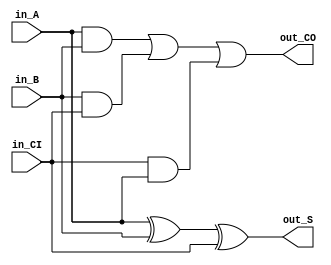
module VFA (in_A, in_B, in_CI, out_S, out_CO);
  input in_A, in_B, in_CI;
  output out_S, out_CO;

  assign out_S = in_A ^ in_B ^ in_CI;
  assign out_CO = (in_A & in_B) | (in_B & in_CI) | (in_CI & in_A);
endmodule



module VRCA_256 (in_A, in_B, in_CI, out_S, out_CO);
  input [255:0] in_A, in_B;
  input in_CI;
  output [255:0] out_S;
  output out_CO;

  VFA U0 (.in_A(in_A[0]), .in_B(in_B[0]), .in_CI(in_CI), .out_S(out_S[0]), .out_CO(nC1));
  VFA U1 (.in_A(in_A[1]), .in_B(in_B[1]), .in_CI(nC1), .out_S(out_S[1]), .out_CO(nC2));
  VFA U2 (.in_A(in_A[2]), .in_B(in_B[2]), .in_CI(nC2), .out_S(out_S[2]), .out_CO(nC3));
  VFA U3 (.in_A(in_A[3]), .in_B(in_B[3]), .in_CI(nC3), .out_S(out_S[3]), .out_CO(nC4));
  VFA U4 (.in_A(in_A[4]), .in_B(in_B[4]), .in_CI(nC4), .out_S(out_S[4]), .out_CO(nC5));
  VFA U5 (.in_A(in_A[5]), .in_B(in_B[5]), .in_CI(nC5), .out_S(out_S[5]), .out_CO(nC6));
  VFA U6 (.in_A(in_A[6]), .in_B(in_B[6]), .in_CI(nC6), .out_S(out_S[6]), .out_CO(nC7));
  VFA U7 (.in_A(in_A[7]), .in_B(in_B[7]), .in_CI(nC7), .out_S(out_S[7]), .out_CO(nC8));
  VFA U8 (.in_A(in_A[8]), .in_B(in_B[8]), .in_CI(nC8), .out_S(out_S[8]), .out_CO(nC9));
  VFA U9 (.in_A(in_A[9]), .in_B(in_B[9]), .in_CI(nC9), .out_S(out_S[9]), .out_CO(nC10));
  VFA U10 (.in_A(in_A[10]), .in_B(in_B[10]), .in_CI(nC10), .out_S(out_S[10]), .out_CO(nC11));
  VFA U11 (.in_A(in_A[11]), .in_B(in_B[11]), .in_CI(nC11), .out_S(out_S[11]), .out_CO(nC12));
  VFA U12 (.in_A(in_A[12]), .in_B(in_B[12]), .in_CI(nC12), .out_S(out_S[12]), .out_CO(nC13));
  VFA U13 (.in_A(in_A[13]), .in_B(in_B[13]), .in_CI(nC13), .out_S(out_S[13]), .out_CO(nC14));
  VFA U14 (.in_A(in_A[14]), .in_B(in_B[14]), .in_CI(nC14), .out_S(out_S[14]), .out_CO(nC15));
  VFA U15 (.in_A(in_A[15]), .in_B(in_B[15]), .in_CI(nC15), .out_S(out_S[15]), .out_CO(nC16));
  VFA U16 (.in_A(in_A[16]), .in_B(in_B[16]), .in_CI(nC16), .out_S(out_S[16]), .out_CO(nC17));
  VFA U17 (.in_A(in_A[17]), .in_B(in_B[17]), .in_CI(nC17), .out_S(out_S[17]), .out_CO(nC18));
  VFA U18 (.in_A(in_A[18]), .in_B(in_B[18]), .in_CI(nC18), .out_S(out_S[18]), .out_CO(nC19));
  VFA U19 (.in_A(in_A[19]), .in_B(in_B[19]), .in_CI(nC19), .out_S(out_S[19]), .out_CO(nC20));
  VFA U20 (.in_A(in_A[20]), .in_B(in_B[20]), .in_CI(nC20), .out_S(out_S[20]), .out_CO(nC21));
  VFA U21 (.in_A(in_A[21]), .in_B(in_B[21]), .in_CI(nC21), .out_S(out_S[21]), .out_CO(nC22));
  VFA U22 (.in_A(in_A[22]), .in_B(in_B[22]), .in_CI(nC22), .out_S(out_S[22]), .out_CO(nC23));
  VFA U23 (.in_A(in_A[23]), .in_B(in_B[23]), .in_CI(nC23), .out_S(out_S[23]), .out_CO(nC24));
  VFA U24 (.in_A(in_A[24]), .in_B(in_B[24]), .in_CI(nC24), .out_S(out_S[24]), .out_CO(nC25));
  VFA U25 (.in_A(in_A[25]), .in_B(in_B[25]), .in_CI(nC25), .out_S(out_S[25]), .out_CO(nC26));
  VFA U26 (.in_A(in_A[26]), .in_B(in_B[26]), .in_CI(nC26), .out_S(out_S[26]), .out_CO(nC27));
  VFA U27 (.in_A(in_A[27]), .in_B(in_B[27]), .in_CI(nC27), .out_S(out_S[27]), .out_CO(nC28));
  VFA U28 (.in_A(in_A[28]), .in_B(in_B[28]), .in_CI(nC28), .out_S(out_S[28]), .out_CO(nC29));
  VFA U29 (.in_A(in_A[29]), .in_B(in_B[29]), .in_CI(nC29), .out_S(out_S[29]), .out_CO(nC30));
  VFA U30 (.in_A(in_A[30]), .in_B(in_B[30]), .in_CI(nC30), .out_S(out_S[30]), .out_CO(nC31));
  VFA U31 (.in_A(in_A[31]), .in_B(in_B[31]), .in_CI(nC31), .out_S(out_S[31]), .out_CO(nC32));
  VFA U32 (.in_A(in_A[32]), .in_B(in_B[32]), .in_CI(nC32), .out_S(out_S[32]), .out_CO(nC33));
  VFA U33 (.in_A(in_A[33]), .in_B(in_B[33]), .in_CI(nC33), .out_S(out_S[33]), .out_CO(nC34));
  VFA U34 (.in_A(in_A[34]), .in_B(in_B[34]), .in_CI(nC34), .out_S(out_S[34]), .out_CO(nC35));
  VFA U35 (.in_A(in_A[35]), .in_B(in_B[35]), .in_CI(nC35), .out_S(out_S[35]), .out_CO(nC36));
  VFA U36 (.in_A(in_A[36]), .in_B(in_B[36]), .in_CI(nC36), .out_S(out_S[36]), .out_CO(nC37));
  VFA U37 (.in_A(in_A[37]), .in_B(in_B[37]), .in_CI(nC37), .out_S(out_S[37]), .out_CO(nC38));
  VFA U38 (.in_A(in_A[38]), .in_B(in_B[38]), .in_CI(nC38), .out_S(out_S[38]), .out_CO(nC39));
  VFA U39 (.in_A(in_A[39]), .in_B(in_B[39]), .in_CI(nC39), .out_S(out_S[39]), .out_CO(nC40));
  VFA U40 (.in_A(in_A[40]), .in_B(in_B[40]), .in_CI(nC40), .out_S(out_S[40]), .out_CO(nC41));
  VFA U41 (.in_A(in_A[41]), .in_B(in_B[41]), .in_CI(nC41), .out_S(out_S[41]), .out_CO(nC42));
  VFA U42 (.in_A(in_A[42]), .in_B(in_B[42]), .in_CI(nC42), .out_S(out_S[42]), .out_CO(nC43));
  VFA U43 (.in_A(in_A[43]), .in_B(in_B[43]), .in_CI(nC43), .out_S(out_S[43]), .out_CO(nC44));
  VFA U44 (.in_A(in_A[44]), .in_B(in_B[44]), .in_CI(nC44), .out_S(out_S[44]), .out_CO(nC45));
  VFA U45 (.in_A(in_A[45]), .in_B(in_B[45]), .in_CI(nC45), .out_S(out_S[45]), .out_CO(nC46));
  VFA U46 (.in_A(in_A[46]), .in_B(in_B[46]), .in_CI(nC46), .out_S(out_S[46]), .out_CO(nC47));
  VFA U47 (.in_A(in_A[47]), .in_B(in_B[47]), .in_CI(nC47), .out_S(out_S[47]), .out_CO(nC48));
  VFA U48 (.in_A(in_A[48]), .in_B(in_B[48]), .in_CI(nC48), .out_S(out_S[48]), .out_CO(nC49));
  VFA U49 (.in_A(in_A[49]), .in_B(in_B[49]), .in_CI(nC49), .out_S(out_S[49]), .out_CO(nC50));
  VFA U50 (.in_A(in_A[50]), .in_B(in_B[50]), .in_CI(nC50), .out_S(out_S[50]), .out_CO(nC51));
  VFA U51 (.in_A(in_A[51]), .in_B(in_B[51]), .in_CI(nC51), .out_S(out_S[51]), .out_CO(nC52));
  VFA U52 (.in_A(in_A[52]), .in_B(in_B[52]), .in_CI(nC52), .out_S(out_S[52]), .out_CO(nC53));
  VFA U53 (.in_A(in_A[53]), .in_B(in_B[53]), .in_CI(nC53), .out_S(out_S[53]), .out_CO(nC54));
  VFA U54 (.in_A(in_A[54]), .in_B(in_B[54]), .in_CI(nC54), .out_S(out_S[54]), .out_CO(nC55));
  VFA U55 (.in_A(in_A[55]), .in_B(in_B[55]), .in_CI(nC55), .out_S(out_S[55]), .out_CO(nC56));
  VFA U56 (.in_A(in_A[56]), .in_B(in_B[56]), .in_CI(nC56), .out_S(out_S[56]), .out_CO(nC57));
  VFA U57 (.in_A(in_A[57]), .in_B(in_B[57]), .in_CI(nC57), .out_S(out_S[57]), .out_CO(nC58));
  VFA U58 (.in_A(in_A[58]), .in_B(in_B[58]), .in_CI(nC58), .out_S(out_S[58]), .out_CO(nC59));
  VFA U59 (.in_A(in_A[59]), .in_B(in_B[59]), .in_CI(nC59), .out_S(out_S[59]), .out_CO(nC60));
  VFA U60 (.in_A(in_A[60]), .in_B(in_B[60]), .in_CI(nC60), .out_S(out_S[60]), .out_CO(nC61));
  VFA U61 (.in_A(in_A[61]), .in_B(in_B[61]), .in_CI(nC61), .out_S(out_S[61]), .out_CO(nC62));
  VFA U62 (.in_A(in_A[62]), .in_B(in_B[62]), .in_CI(nC62), .out_S(out_S[62]), .out_CO(nC63));
  VFA U63 (.in_A(in_A[63]), .in_B(in_B[63]), .in_CI(nC63), .out_S(out_S[63]), .out_CO(nC64));
  VFA U64 (.in_A(in_A[64]), .in_B(in_B[64]), .in_CI(nC64), .out_S(out_S[64]), .out_CO(nC65));
  VFA U65 (.in_A(in_A[65]), .in_B(in_B[65]), .in_CI(nC65), .out_S(out_S[65]), .out_CO(nC66));
  VFA U66 (.in_A(in_A[66]), .in_B(in_B[66]), .in_CI(nC66), .out_S(out_S[66]), .out_CO(nC67));
  VFA U67 (.in_A(in_A[67]), .in_B(in_B[67]), .in_CI(nC67), .out_S(out_S[67]), .out_CO(nC68));
  VFA U68 (.in_A(in_A[68]), .in_B(in_B[68]), .in_CI(nC68), .out_S(out_S[68]), .out_CO(nC69));
  VFA U69 (.in_A(in_A[69]), .in_B(in_B[69]), .in_CI(nC69), .out_S(out_S[69]), .out_CO(nC70));
  VFA U70 (.in_A(in_A[70]), .in_B(in_B[70]), .in_CI(nC70), .out_S(out_S[70]), .out_CO(nC71));
  VFA U71 (.in_A(in_A[71]), .in_B(in_B[71]), .in_CI(nC71), .out_S(out_S[71]), .out_CO(nC72));
  VFA U72 (.in_A(in_A[72]), .in_B(in_B[72]), .in_CI(nC72), .out_S(out_S[72]), .out_CO(nC73));
  VFA U73 (.in_A(in_A[73]), .in_B(in_B[73]), .in_CI(nC73), .out_S(out_S[73]), .out_CO(nC74));
  VFA U74 (.in_A(in_A[74]), .in_B(in_B[74]), .in_CI(nC74), .out_S(out_S[74]), .out_CO(nC75));
  VFA U75 (.in_A(in_A[75]), .in_B(in_B[75]), .in_CI(nC75), .out_S(out_S[75]), .out_CO(nC76));
  VFA U76 (.in_A(in_A[76]), .in_B(in_B[76]), .in_CI(nC76), .out_S(out_S[76]), .out_CO(nC77));
  VFA U77 (.in_A(in_A[77]), .in_B(in_B[77]), .in_CI(nC77), .out_S(out_S[77]), .out_CO(nC78));
  VFA U78 (.in_A(in_A[78]), .in_B(in_B[78]), .in_CI(nC78), .out_S(out_S[78]), .out_CO(nC79));
  VFA U79 (.in_A(in_A[79]), .in_B(in_B[79]), .in_CI(nC79), .out_S(out_S[79]), .out_CO(nC80));
  VFA U80 (.in_A(in_A[80]), .in_B(in_B[80]), .in_CI(nC80), .out_S(out_S[80]), .out_CO(nC81));
  VFA U81 (.in_A(in_A[81]), .in_B(in_B[81]), .in_CI(nC81), .out_S(out_S[81]), .out_CO(nC82));
  VFA U82 (.in_A(in_A[82]), .in_B(in_B[82]), .in_CI(nC82), .out_S(out_S[82]), .out_CO(nC83));
  VFA U83 (.in_A(in_A[83]), .in_B(in_B[83]), .in_CI(nC83), .out_S(out_S[83]), .out_CO(nC84));
  VFA U84 (.in_A(in_A[84]), .in_B(in_B[84]), .in_CI(nC84), .out_S(out_S[84]), .out_CO(nC85));
  VFA U85 (.in_A(in_A[85]), .in_B(in_B[85]), .in_CI(nC85), .out_S(out_S[85]), .out_CO(nC86));
  VFA U86 (.in_A(in_A[86]), .in_B(in_B[86]), .in_CI(nC86), .out_S(out_S[86]), .out_CO(nC87));
  VFA U87 (.in_A(in_A[87]), .in_B(in_B[87]), .in_CI(nC87), .out_S(out_S[87]), .out_CO(nC88));
  VFA U88 (.in_A(in_A[88]), .in_B(in_B[88]), .in_CI(nC88), .out_S(out_S[88]), .out_CO(nC89));
  VFA U89 (.in_A(in_A[89]), .in_B(in_B[89]), .in_CI(nC89), .out_S(out_S[89]), .out_CO(nC90));
  VFA U90 (.in_A(in_A[90]), .in_B(in_B[90]), .in_CI(nC90), .out_S(out_S[90]), .out_CO(nC91));
  VFA U91 (.in_A(in_A[91]), .in_B(in_B[91]), .in_CI(nC91), .out_S(out_S[91]), .out_CO(nC92));
  VFA U92 (.in_A(in_A[92]), .in_B(in_B[92]), .in_CI(nC92), .out_S(out_S[92]), .out_CO(nC93));
  VFA U93 (.in_A(in_A[93]), .in_B(in_B[93]), .in_CI(nC93), .out_S(out_S[93]), .out_CO(nC94));
  VFA U94 (.in_A(in_A[94]), .in_B(in_B[94]), .in_CI(nC94), .out_S(out_S[94]), .out_CO(nC95));
  VFA U95 (.in_A(in_A[95]), .in_B(in_B[95]), .in_CI(nC95), .out_S(out_S[95]), .out_CO(nC96));
  VFA U96 (.in_A(in_A[96]), .in_B(in_B[96]), .in_CI(nC96), .out_S(out_S[96]), .out_CO(nC97));
  VFA U97 (.in_A(in_A[97]), .in_B(in_B[97]), .in_CI(nC97), .out_S(out_S[97]), .out_CO(nC98));
  VFA U98 (.in_A(in_A[98]), .in_B(in_B[98]), .in_CI(nC98), .out_S(out_S[98]), .out_CO(nC99));
  VFA U99 (.in_A(in_A[99]), .in_B(in_B[99]), .in_CI(nC99), .out_S(out_S[99]), .out_CO(nC100));
  VFA U100 (.in_A(in_A[100]), .in_B(in_B[100]), .in_CI(nC100), .out_S(out_S[100]), .out_CO(nC101));
  VFA U101 (.in_A(in_A[101]), .in_B(in_B[101]), .in_CI(nC101), .out_S(out_S[101]), .out_CO(nC102));
  VFA U102 (.in_A(in_A[102]), .in_B(in_B[102]), .in_CI(nC102), .out_S(out_S[102]), .out_CO(nC103));
  VFA U103 (.in_A(in_A[103]), .in_B(in_B[103]), .in_CI(nC103), .out_S(out_S[103]), .out_CO(nC104));
  VFA U104 (.in_A(in_A[104]), .in_B(in_B[104]), .in_CI(nC104), .out_S(out_S[104]), .out_CO(nC105));
  VFA U105 (.in_A(in_A[105]), .in_B(in_B[105]), .in_CI(nC105), .out_S(out_S[105]), .out_CO(nC106));
  VFA U106 (.in_A(in_A[106]), .in_B(in_B[106]), .in_CI(nC106), .out_S(out_S[106]), .out_CO(nC107));
  VFA U107 (.in_A(in_A[107]), .in_B(in_B[107]), .in_CI(nC107), .out_S(out_S[107]), .out_CO(nC108));
  VFA U108 (.in_A(in_A[108]), .in_B(in_B[108]), .in_CI(nC108), .out_S(out_S[108]), .out_CO(nC109));
  VFA U109 (.in_A(in_A[109]), .in_B(in_B[109]), .in_CI(nC109), .out_S(out_S[109]), .out_CO(nC110));
  VFA U110 (.in_A(in_A[110]), .in_B(in_B[110]), .in_CI(nC110), .out_S(out_S[110]), .out_CO(nC111));
  VFA U111 (.in_A(in_A[111]), .in_B(in_B[111]), .in_CI(nC111), .out_S(out_S[111]), .out_CO(nC112));
  VFA U112 (.in_A(in_A[112]), .in_B(in_B[112]), .in_CI(nC112), .out_S(out_S[112]), .out_CO(nC113));
  VFA U113 (.in_A(in_A[113]), .in_B(in_B[113]), .in_CI(nC113), .out_S(out_S[113]), .out_CO(nC114));
  VFA U114 (.in_A(in_A[114]), .in_B(in_B[114]), .in_CI(nC114), .out_S(out_S[114]), .out_CO(nC115));
  VFA U115 (.in_A(in_A[115]), .in_B(in_B[115]), .in_CI(nC115), .out_S(out_S[115]), .out_CO(nC116));
  VFA U116 (.in_A(in_A[116]), .in_B(in_B[116]), .in_CI(nC116), .out_S(out_S[116]), .out_CO(nC117));
  VFA U117 (.in_A(in_A[117]), .in_B(in_B[117]), .in_CI(nC117), .out_S(out_S[117]), .out_CO(nC118));
  VFA U118 (.in_A(in_A[118]), .in_B(in_B[118]), .in_CI(nC118), .out_S(out_S[118]), .out_CO(nC119));
  VFA U119 (.in_A(in_A[119]), .in_B(in_B[119]), .in_CI(nC119), .out_S(out_S[119]), .out_CO(nC120));
  VFA U120 (.in_A(in_A[120]), .in_B(in_B[120]), .in_CI(nC120), .out_S(out_S[120]), .out_CO(nC121));
  VFA U121 (.in_A(in_A[121]), .in_B(in_B[121]), .in_CI(nC121), .out_S(out_S[121]), .out_CO(nC122));
  VFA U122 (.in_A(in_A[122]), .in_B(in_B[122]), .in_CI(nC122), .out_S(out_S[122]), .out_CO(nC123));
  VFA U123 (.in_A(in_A[123]), .in_B(in_B[123]), .in_CI(nC123), .out_S(out_S[123]), .out_CO(nC124));
  VFA U124 (.in_A(in_A[124]), .in_B(in_B[124]), .in_CI(nC124), .out_S(out_S[124]), .out_CO(nC125));
  VFA U125 (.in_A(in_A[125]), .in_B(in_B[125]), .in_CI(nC125), .out_S(out_S[125]), .out_CO(nC126));
  VFA U126 (.in_A(in_A[126]), .in_B(in_B[126]), .in_CI(nC126), .out_S(out_S[126]), .out_CO(nC127));
  VFA U127 (.in_A(in_A[127]), .in_B(in_B[127]), .in_CI(nC127), .out_S(out_S[127]), .out_CO(nC128));
  VFA U128 (.in_A(in_A[128]), .in_B(in_B[128]), .in_CI(nC128), .out_S(out_S[128]), .out_CO(nC129));
  VFA U129 (.in_A(in_A[129]), .in_B(in_B[129]), .in_CI(nC129), .out_S(out_S[129]), .out_CO(nC130));
  VFA U130 (.in_A(in_A[130]), .in_B(in_B[130]), .in_CI(nC130), .out_S(out_S[130]), .out_CO(nC131));
  VFA U131 (.in_A(in_A[131]), .in_B(in_B[131]), .in_CI(nC131), .out_S(out_S[131]), .out_CO(nC132));
  VFA U132 (.in_A(in_A[132]), .in_B(in_B[132]), .in_CI(nC132), .out_S(out_S[132]), .out_CO(nC133));
  VFA U133 (.in_A(in_A[133]), .in_B(in_B[133]), .in_CI(nC133), .out_S(out_S[133]), .out_CO(nC134));
  VFA U134 (.in_A(in_A[134]), .in_B(in_B[134]), .in_CI(nC134), .out_S(out_S[134]), .out_CO(nC135));
  VFA U135 (.in_A(in_A[135]), .in_B(in_B[135]), .in_CI(nC135), .out_S(out_S[135]), .out_CO(nC136));
  VFA U136 (.in_A(in_A[136]), .in_B(in_B[136]), .in_CI(nC136), .out_S(out_S[136]), .out_CO(nC137));
  VFA U137 (.in_A(in_A[137]), .in_B(in_B[137]), .in_CI(nC137), .out_S(out_S[137]), .out_CO(nC138));
  VFA U138 (.in_A(in_A[138]), .in_B(in_B[138]), .in_CI(nC138), .out_S(out_S[138]), .out_CO(nC139));
  VFA U139 (.in_A(in_A[139]), .in_B(in_B[139]), .in_CI(nC139), .out_S(out_S[139]), .out_CO(nC140));
  VFA U140 (.in_A(in_A[140]), .in_B(in_B[140]), .in_CI(nC140), .out_S(out_S[140]), .out_CO(nC141));
  VFA U141 (.in_A(in_A[141]), .in_B(in_B[141]), .in_CI(nC141), .out_S(out_S[141]), .out_CO(nC142));
  VFA U142 (.in_A(in_A[142]), .in_B(in_B[142]), .in_CI(nC142), .out_S(out_S[142]), .out_CO(nC143));
  VFA U143 (.in_A(in_A[143]), .in_B(in_B[143]), .in_CI(nC143), .out_S(out_S[143]), .out_CO(nC144));
  VFA U144 (.in_A(in_A[144]), .in_B(in_B[144]), .in_CI(nC144), .out_S(out_S[144]), .out_CO(nC145));
  VFA U145 (.in_A(in_A[145]), .in_B(in_B[145]), .in_CI(nC145), .out_S(out_S[145]), .out_CO(nC146));
  VFA U146 (.in_A(in_A[146]), .in_B(in_B[146]), .in_CI(nC146), .out_S(out_S[146]), .out_CO(nC147));
  VFA U147 (.in_A(in_A[147]), .in_B(in_B[147]), .in_CI(nC147), .out_S(out_S[147]), .out_CO(nC148));
  VFA U148 (.in_A(in_A[148]), .in_B(in_B[148]), .in_CI(nC148), .out_S(out_S[148]), .out_CO(nC149));
  VFA U149 (.in_A(in_A[149]), .in_B(in_B[149]), .in_CI(nC149), .out_S(out_S[149]), .out_CO(nC150));
  VFA U150 (.in_A(in_A[150]), .in_B(in_B[150]), .in_CI(nC150), .out_S(out_S[150]), .out_CO(nC151));
  VFA U151 (.in_A(in_A[151]), .in_B(in_B[151]), .in_CI(nC151), .out_S(out_S[151]), .out_CO(nC152));
  VFA U152 (.in_A(in_A[152]), .in_B(in_B[152]), .in_CI(nC152), .out_S(out_S[152]), .out_CO(nC153));
  VFA U153 (.in_A(in_A[153]), .in_B(in_B[153]), .in_CI(nC153), .out_S(out_S[153]), .out_CO(nC154));
  VFA U154 (.in_A(in_A[154]), .in_B(in_B[154]), .in_CI(nC154), .out_S(out_S[154]), .out_CO(nC155));
  VFA U155 (.in_A(in_A[155]), .in_B(in_B[155]), .in_CI(nC155), .out_S(out_S[155]), .out_CO(nC156));
  VFA U156 (.in_A(in_A[156]), .in_B(in_B[156]), .in_CI(nC156), .out_S(out_S[156]), .out_CO(nC157));
  VFA U157 (.in_A(in_A[157]), .in_B(in_B[157]), .in_CI(nC157), .out_S(out_S[157]), .out_CO(nC158));
  VFA U158 (.in_A(in_A[158]), .in_B(in_B[158]), .in_CI(nC158), .out_S(out_S[158]), .out_CO(nC159));
  VFA U159 (.in_A(in_A[159]), .in_B(in_B[159]), .in_CI(nC159), .out_S(out_S[159]), .out_CO(nC160));
  VFA U160 (.in_A(in_A[160]), .in_B(in_B[160]), .in_CI(nC160), .out_S(out_S[160]), .out_CO(nC161));
  VFA U161 (.in_A(in_A[161]), .in_B(in_B[161]), .in_CI(nC161), .out_S(out_S[161]), .out_CO(nC162));
  VFA U162 (.in_A(in_A[162]), .in_B(in_B[162]), .in_CI(nC162), .out_S(out_S[162]), .out_CO(nC163));
  VFA U163 (.in_A(in_A[163]), .in_B(in_B[163]), .in_CI(nC163), .out_S(out_S[163]), .out_CO(nC164));
  VFA U164 (.in_A(in_A[164]), .in_B(in_B[164]), .in_CI(nC164), .out_S(out_S[164]), .out_CO(nC165));
  VFA U165 (.in_A(in_A[165]), .in_B(in_B[165]), .in_CI(nC165), .out_S(out_S[165]), .out_CO(nC166));
  VFA U166 (.in_A(in_A[166]), .in_B(in_B[166]), .in_CI(nC166), .out_S(out_S[166]), .out_CO(nC167));
  VFA U167 (.in_A(in_A[167]), .in_B(in_B[167]), .in_CI(nC167), .out_S(out_S[167]), .out_CO(nC168));
  VFA U168 (.in_A(in_A[168]), .in_B(in_B[168]), .in_CI(nC168), .out_S(out_S[168]), .out_CO(nC169));
  VFA U169 (.in_A(in_A[169]), .in_B(in_B[169]), .in_CI(nC169), .out_S(out_S[169]), .out_CO(nC170));
  VFA U170 (.in_A(in_A[170]), .in_B(in_B[170]), .in_CI(nC170), .out_S(out_S[170]), .out_CO(nC171));
  VFA U171 (.in_A(in_A[171]), .in_B(in_B[171]), .in_CI(nC171), .out_S(out_S[171]), .out_CO(nC172));
  VFA U172 (.in_A(in_A[172]), .in_B(in_B[172]), .in_CI(nC172), .out_S(out_S[172]), .out_CO(nC173));
  VFA U173 (.in_A(in_A[173]), .in_B(in_B[173]), .in_CI(nC173), .out_S(out_S[173]), .out_CO(nC174));
  VFA U174 (.in_A(in_A[174]), .in_B(in_B[174]), .in_CI(nC174), .out_S(out_S[174]), .out_CO(nC175));
  VFA U175 (.in_A(in_A[175]), .in_B(in_B[175]), .in_CI(nC175), .out_S(out_S[175]), .out_CO(nC176));
  VFA U176 (.in_A(in_A[176]), .in_B(in_B[176]), .in_CI(nC176), .out_S(out_S[176]), .out_CO(nC177));
  VFA U177 (.in_A(in_A[177]), .in_B(in_B[177]), .in_CI(nC177), .out_S(out_S[177]), .out_CO(nC178));
  VFA U178 (.in_A(in_A[178]), .in_B(in_B[178]), .in_CI(nC178), .out_S(out_S[178]), .out_CO(nC179));
  VFA U179 (.in_A(in_A[179]), .in_B(in_B[179]), .in_CI(nC179), .out_S(out_S[179]), .out_CO(nC180));
  VFA U180 (.in_A(in_A[180]), .in_B(in_B[180]), .in_CI(nC180), .out_S(out_S[180]), .out_CO(nC181));
  VFA U181 (.in_A(in_A[181]), .in_B(in_B[181]), .in_CI(nC181), .out_S(out_S[181]), .out_CO(nC182));
  VFA U182 (.in_A(in_A[182]), .in_B(in_B[182]), .in_CI(nC182), .out_S(out_S[182]), .out_CO(nC183));
  VFA U183 (.in_A(in_A[183]), .in_B(in_B[183]), .in_CI(nC183), .out_S(out_S[183]), .out_CO(nC184));
  VFA U184 (.in_A(in_A[184]), .in_B(in_B[184]), .in_CI(nC184), .out_S(out_S[184]), .out_CO(nC185));
  VFA U185 (.in_A(in_A[185]), .in_B(in_B[185]), .in_CI(nC185), .out_S(out_S[185]), .out_CO(nC186));
  VFA U186 (.in_A(in_A[186]), .in_B(in_B[186]), .in_CI(nC186), .out_S(out_S[186]), .out_CO(nC187));
  VFA U187 (.in_A(in_A[187]), .in_B(in_B[187]), .in_CI(nC187), .out_S(out_S[187]), .out_CO(nC188));
  VFA U188 (.in_A(in_A[188]), .in_B(in_B[188]), .in_CI(nC188), .out_S(out_S[188]), .out_CO(nC189));
  VFA U189 (.in_A(in_A[189]), .in_B(in_B[189]), .in_CI(nC189), .out_S(out_S[189]), .out_CO(nC190));
  VFA U190 (.in_A(in_A[190]), .in_B(in_B[190]), .in_CI(nC190), .out_S(out_S[190]), .out_CO(nC191));
  VFA U191 (.in_A(in_A[191]), .in_B(in_B[191]), .in_CI(nC191), .out_S(out_S[191]), .out_CO(nC192));
  VFA U192 (.in_A(in_A[192]), .in_B(in_B[192]), .in_CI(nC192), .out_S(out_S[192]), .out_CO(nC193));
  VFA U193 (.in_A(in_A[193]), .in_B(in_B[193]), .in_CI(nC193), .out_S(out_S[193]), .out_CO(nC194));
  VFA U194 (.in_A(in_A[194]), .in_B(in_B[194]), .in_CI(nC194), .out_S(out_S[194]), .out_CO(nC195));
  VFA U195 (.in_A(in_A[195]), .in_B(in_B[195]), .in_CI(nC195), .out_S(out_S[195]), .out_CO(nC196));
  VFA U196 (.in_A(in_A[196]), .in_B(in_B[196]), .in_CI(nC196), .out_S(out_S[196]), .out_CO(nC197));
  VFA U197 (.in_A(in_A[197]), .in_B(in_B[197]), .in_CI(nC197), .out_S(out_S[197]), .out_CO(nC198));
  VFA U198 (.in_A(in_A[198]), .in_B(in_B[198]), .in_CI(nC198), .out_S(out_S[198]), .out_CO(nC199));
  VFA U199 (.in_A(in_A[199]), .in_B(in_B[199]), .in_CI(nC199), .out_S(out_S[199]), .out_CO(nC200));
  VFA U200 (.in_A(in_A[200]), .in_B(in_B[200]), .in_CI(nC200), .out_S(out_S[200]), .out_CO(nC201));
  VFA U201 (.in_A(in_A[201]), .in_B(in_B[201]), .in_CI(nC201), .out_S(out_S[201]), .out_CO(nC202));
  VFA U202 (.in_A(in_A[202]), .in_B(in_B[202]), .in_CI(nC202), .out_S(out_S[202]), .out_CO(nC203));
  VFA U203 (.in_A(in_A[203]), .in_B(in_B[203]), .in_CI(nC203), .out_S(out_S[203]), .out_CO(nC204));
  VFA U204 (.in_A(in_A[204]), .in_B(in_B[204]), .in_CI(nC204), .out_S(out_S[204]), .out_CO(nC205));
  VFA U205 (.in_A(in_A[205]), .in_B(in_B[205]), .in_CI(nC205), .out_S(out_S[205]), .out_CO(nC206));
  VFA U206 (.in_A(in_A[206]), .in_B(in_B[206]), .in_CI(nC206), .out_S(out_S[206]), .out_CO(nC207));
  VFA U207 (.in_A(in_A[207]), .in_B(in_B[207]), .in_CI(nC207), .out_S(out_S[207]), .out_CO(nC208));
  VFA U208 (.in_A(in_A[208]), .in_B(in_B[208]), .in_CI(nC208), .out_S(out_S[208]), .out_CO(nC209));
  VFA U209 (.in_A(in_A[209]), .in_B(in_B[209]), .in_CI(nC209), .out_S(out_S[209]), .out_CO(nC210));
  VFA U210 (.in_A(in_A[210]), .in_B(in_B[210]), .in_CI(nC210), .out_S(out_S[210]), .out_CO(nC211));
  VFA U211 (.in_A(in_A[211]), .in_B(in_B[211]), .in_CI(nC211), .out_S(out_S[211]), .out_CO(nC212));
  VFA U212 (.in_A(in_A[212]), .in_B(in_B[212]), .in_CI(nC212), .out_S(out_S[212]), .out_CO(nC213));
  VFA U213 (.in_A(in_A[213]), .in_B(in_B[213]), .in_CI(nC213), .out_S(out_S[213]), .out_CO(nC214));
  VFA U214 (.in_A(in_A[214]), .in_B(in_B[214]), .in_CI(nC214), .out_S(out_S[214]), .out_CO(nC215));
  VFA U215 (.in_A(in_A[215]), .in_B(in_B[215]), .in_CI(nC215), .out_S(out_S[215]), .out_CO(nC216));
  VFA U216 (.in_A(in_A[216]), .in_B(in_B[216]), .in_CI(nC216), .out_S(out_S[216]), .out_CO(nC217));
  VFA U217 (.in_A(in_A[217]), .in_B(in_B[217]), .in_CI(nC217), .out_S(out_S[217]), .out_CO(nC218));
  VFA U218 (.in_A(in_A[218]), .in_B(in_B[218]), .in_CI(nC218), .out_S(out_S[218]), .out_CO(nC219));
  VFA U219 (.in_A(in_A[219]), .in_B(in_B[219]), .in_CI(nC219), .out_S(out_S[219]), .out_CO(nC220));
  VFA U220 (.in_A(in_A[220]), .in_B(in_B[220]), .in_CI(nC220), .out_S(out_S[220]), .out_CO(nC221));
  VFA U221 (.in_A(in_A[221]), .in_B(in_B[221]), .in_CI(nC221), .out_S(out_S[221]), .out_CO(nC222));
  VFA U222 (.in_A(in_A[222]), .in_B(in_B[222]), .in_CI(nC222), .out_S(out_S[222]), .out_CO(nC223));
  VFA U223 (.in_A(in_A[223]), .in_B(in_B[223]), .in_CI(nC223), .out_S(out_S[223]), .out_CO(nC224));
  VFA U224 (.in_A(in_A[224]), .in_B(in_B[224]), .in_CI(nC224), .out_S(out_S[224]), .out_CO(nC225));
  VFA U225 (.in_A(in_A[225]), .in_B(in_B[225]), .in_CI(nC225), .out_S(out_S[225]), .out_CO(nC226));
  VFA U226 (.in_A(in_A[226]), .in_B(in_B[226]), .in_CI(nC226), .out_S(out_S[226]), .out_CO(nC227));
  VFA U227 (.in_A(in_A[227]), .in_B(in_B[227]), .in_CI(nC227), .out_S(out_S[227]), .out_CO(nC228));
  VFA U228 (.in_A(in_A[228]), .in_B(in_B[228]), .in_CI(nC228), .out_S(out_S[228]), .out_CO(nC229));
  VFA U229 (.in_A(in_A[229]), .in_B(in_B[229]), .in_CI(nC229), .out_S(out_S[229]), .out_CO(nC230));
  VFA U230 (.in_A(in_A[230]), .in_B(in_B[230]), .in_CI(nC230), .out_S(out_S[230]), .out_CO(nC231));
  VFA U231 (.in_A(in_A[231]), .in_B(in_B[231]), .in_CI(nC231), .out_S(out_S[231]), .out_CO(nC232));
  VFA U232 (.in_A(in_A[232]), .in_B(in_B[232]), .in_CI(nC232), .out_S(out_S[232]), .out_CO(nC233));
  VFA U233 (.in_A(in_A[233]), .in_B(in_B[233]), .in_CI(nC233), .out_S(out_S[233]), .out_CO(nC234));
  VFA U234 (.in_A(in_A[234]), .in_B(in_B[234]), .in_CI(nC234), .out_S(out_S[234]), .out_CO(nC235));
  VFA U235 (.in_A(in_A[235]), .in_B(in_B[235]), .in_CI(nC235), .out_S(out_S[235]), .out_CO(nC236));
  VFA U236 (.in_A(in_A[236]), .in_B(in_B[236]), .in_CI(nC236), .out_S(out_S[236]), .out_CO(nC237));
  VFA U237 (.in_A(in_A[237]), .in_B(in_B[237]), .in_CI(nC237), .out_S(out_S[237]), .out_CO(nC238));
  VFA U238 (.in_A(in_A[238]), .in_B(in_B[238]), .in_CI(nC238), .out_S(out_S[238]), .out_CO(nC239));
  VFA U239 (.in_A(in_A[239]), .in_B(in_B[239]), .in_CI(nC239), .out_S(out_S[239]), .out_CO(nC240));
  VFA U240 (.in_A(in_A[240]), .in_B(in_B[240]), .in_CI(nC240), .out_S(out_S[240]), .out_CO(nC241));
  VFA U241 (.in_A(in_A[241]), .in_B(in_B[241]), .in_CI(nC241), .out_S(out_S[241]), .out_CO(nC242));
  VFA U242 (.in_A(in_A[242]), .in_B(in_B[242]), .in_CI(nC242), .out_S(out_S[242]), .out_CO(nC243));
  VFA U243 (.in_A(in_A[243]), .in_B(in_B[243]), .in_CI(nC243), .out_S(out_S[243]), .out_CO(nC244));
  VFA U244 (.in_A(in_A[244]), .in_B(in_B[244]), .in_CI(nC244), .out_S(out_S[244]), .out_CO(nC245));
  VFA U245 (.in_A(in_A[245]), .in_B(in_B[245]), .in_CI(nC245), .out_S(out_S[245]), .out_CO(nC246));
  VFA U246 (.in_A(in_A[246]), .in_B(in_B[246]), .in_CI(nC246), .out_S(out_S[246]), .out_CO(nC247));
  VFA U247 (.in_A(in_A[247]), .in_B(in_B[247]), .in_CI(nC247), .out_S(out_S[247]), .out_CO(nC248));
  VFA U248 (.in_A(in_A[248]), .in_B(in_B[248]), .in_CI(nC248), .out_S(out_S[248]), .out_CO(nC249));
  VFA U249 (.in_A(in_A[249]), .in_B(in_B[249]), .in_CI(nC249), .out_S(out_S[249]), .out_CO(nC250));
  VFA U250 (.in_A(in_A[250]), .in_B(in_B[250]), .in_CI(nC250), .out_S(out_S[250]), .out_CO(nC251));
  VFA U251 (.in_A(in_A[251]), .in_B(in_B[251]), .in_CI(nC251), .out_S(out_S[251]), .out_CO(nC252));
  VFA U252 (.in_A(in_A[252]), .in_B(in_B[252]), .in_CI(nC252), .out_S(out_S[252]), .out_CO(nC253));
  VFA U253 (.in_A(in_A[253]), .in_B(in_B[253]), .in_CI(nC253), .out_S(out_S[253]), .out_CO(nC254));
  VFA U254 (.in_A(in_A[254]), .in_B(in_B[254]), .in_CI(nC254), .out_S(out_S[254]), .out_CO(nC255));
  VFA U255 (.in_A(in_A[255]), .in_B(in_B[255]), .in_CI(nC255), .out_S(out_S[255]), .out_CO(out_CO));
endmodule